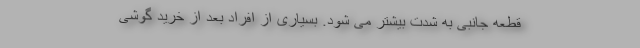
قطعه جانبی به شدت بیشتر می شود. بسیاری از افراد بعد از خرید گوشی